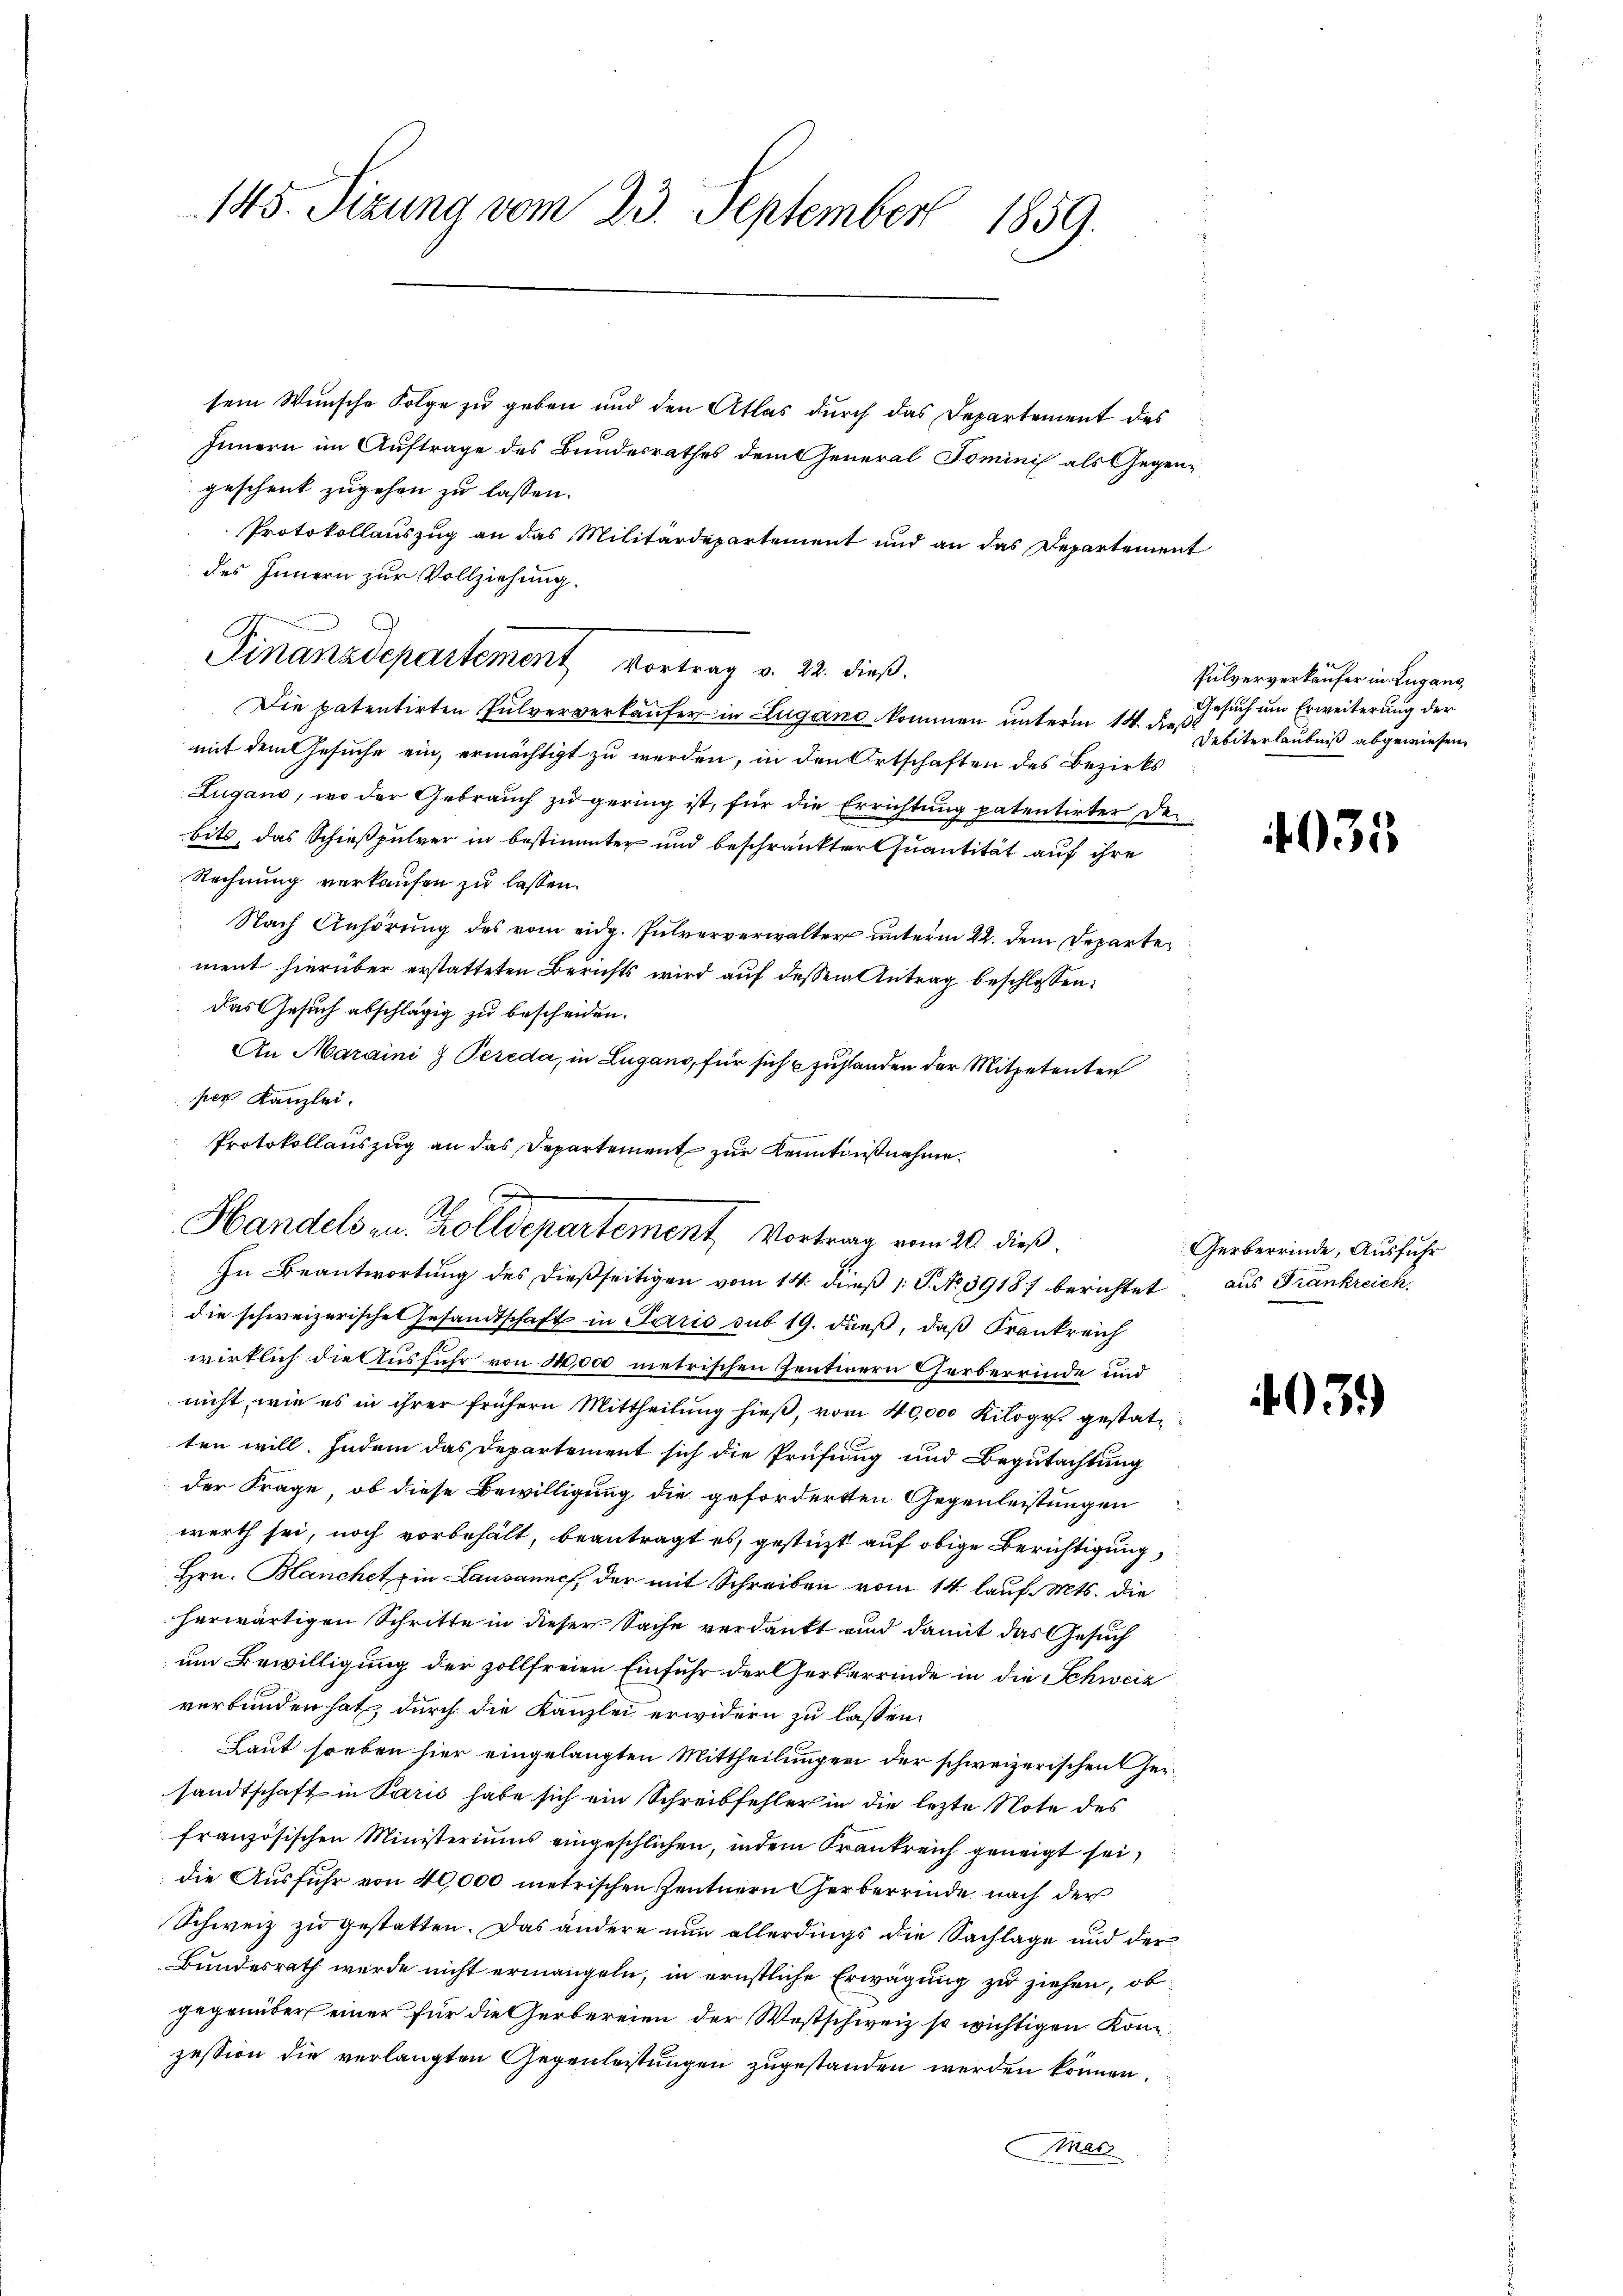
145. Sizung vom 23. September 1859.

sein Wunsche Folge zu geben und den Atlas durch das Departement des
Innern im Auftrage des Bundesrathes dem General Tominis als Gegengeschenk zugehen zu lassen.
Protokollauszug an das Militärdepartement und an das Departement
des Innern zur Vollziehung.
Die patentirten Pulververkäufer in Lugano kommen unterm 14. dieß
mit dem Gesuche ein, ermächtigt zu werden, in den Ortschaften des Bezirks
Zugano, wo der Gebrauch zu gering ist, für die Errichtung patentirter Debits, das Schießpulver in bestimmter und beschränkter Quantität auf ihre
Rechnung verkaufen zu lassen.
Nach Anhörung des vom eidg. Pulververwalter unterm 22. dem Departement hierüber erstatteten Berichts wird auf dessen Antrag beschlossen:
Das Gesuch abschlägig zu bescheiden.
An Maraini 7 Pereda, in Lugano, für sich zustanden der Mitpetenten
.
per Kanzlei.
Protokollauszug an das Departement zur Kenntnißnahme.
10

Finanzdepartement vortrag v. 22. dieß.

Handels zu. Zolldepartement, Vortrag vom 20. dieß.
In Beantwortung des dießseitigen vom 14. dieß P. No 39187 berichtet

die schweizerische Gesandtschaft in Paris sub 19. dieß, daß Frankreich
wirklich die Ausführ von 14,000 metrischen Zentnern erberrinde und
nicht, wie es in ihrer frühern Mittheilung hieß, vom 40,000 Kilogr. gestatten will. Indem das Departement sich die Prüfung und Begutachtung
der Frage, ob diese Bewilligung die geforderten Gegenleistungen
werth sei, noch vorbehält, beantragt es, gestützt auf obige Berichtigung,
Hrn. Blanchet in Lausannes, der mit Schreiben vom 14. lauf. Mts. die
herwärtigen Schritte in dieser Sache verdankt und damit das Gesuch
um Bewilligung der zollfreien Einfuhr der Gerberrinde in die Schweiz
verbunden hat durch die Kanzlei erwidern zu lassen.
Laut soeben hier eingelangten Mittheilungen der schweizerischen Gesandtschaft in Paris habe sich ein Schreibfehler in die lezte Note des
französischen Ministeriums eingeschlichen, indem Krankreich geneigt sei,
die Ausfuhr von 40,000 metrischen Zentnern Gerberrinde nach der
Schweiz zu gestatten. Das andere nun allerdings die Sachlage und der
Bundesrath werde nicht ermangeln, in ernstliche Erwägung zu ziehen, ob
gegenüber einer für die Gerbereien der Westschweiz so wichtigen Konzession die verlangten Gegenleistungen zugestanden werden können.
nac

e
Fulververkaufer in Lugano,
Gesuch um Erweiterung der
Debiterlaubniß abgewiesen.

035

Gerberrinde, Ausfuhr
aus Frankreich

03.)